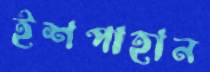
ইশপাহান